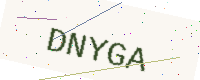
Text: DNYGA